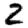
Digit: 2